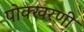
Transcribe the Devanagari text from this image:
पोक्खरणी